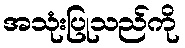
အသုံးပြုသည်ကို